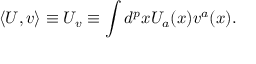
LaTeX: \langle U , v \rangle \equiv U _ { v } \equiv \int d ^ { p } x U _ { a } ( x ) v ^ { a } ( x ) .